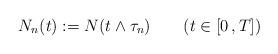
LaTeX: \begin{align*}N_n(t) := N(t\wedge\tau_n)\qquad(t \in [0\,, T])\end{align*}